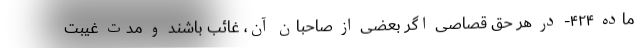
ماده ۴۲۴- در هر حق قصاصی اگر بعضی از صاحبان آن، غائب باشند و مدت غیبت